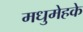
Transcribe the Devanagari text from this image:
मधुमेहके